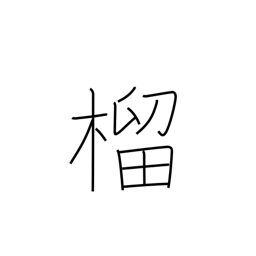
Meaning: pomegranate